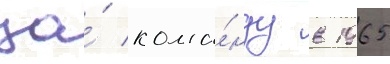
за́ кома́нду в 1965